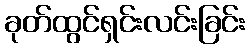
ခုတ်ထွင်ရှင်းလင်းခြင်း